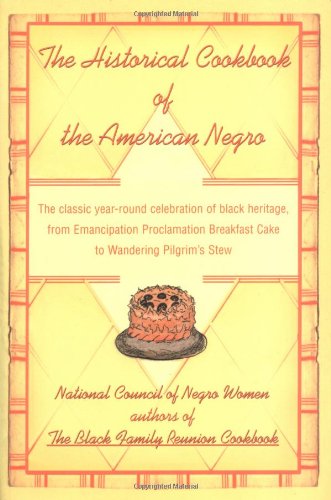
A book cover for The Historical Cookbook of the American Negro; Cookbooks, Food & Wine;